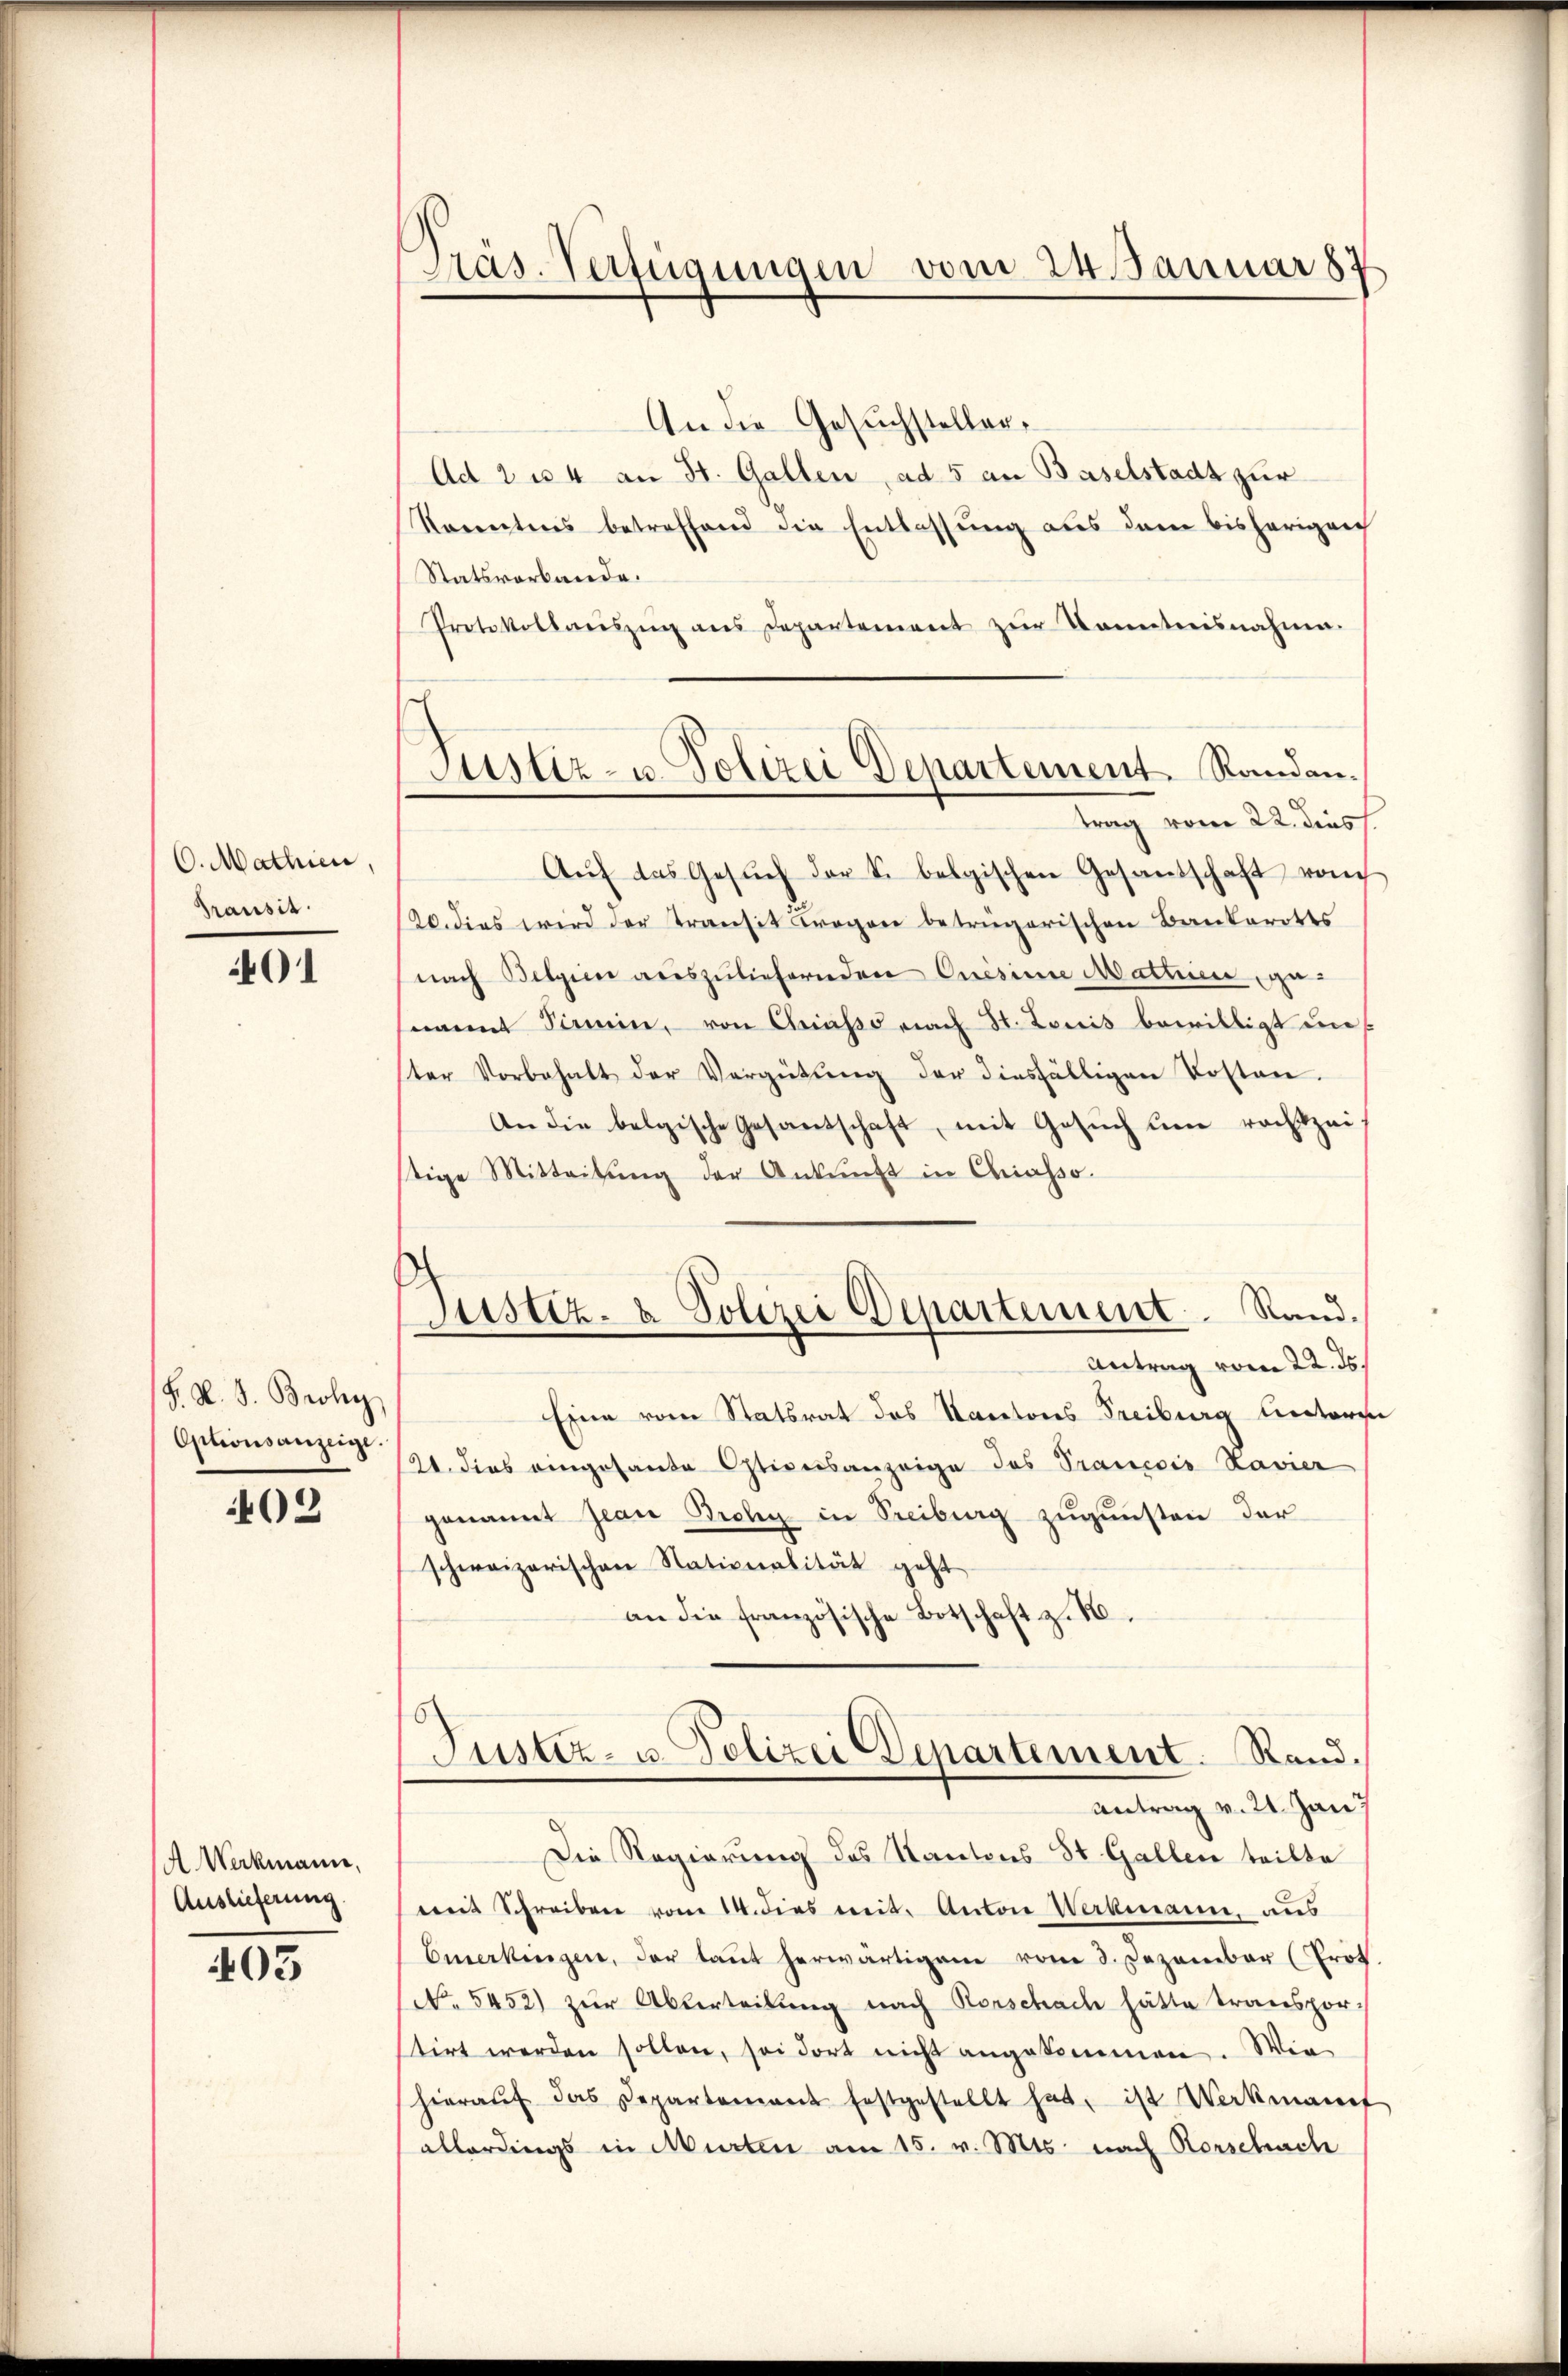
O. Mathien,
Transit

01

F. K. B. Brohy
Optionsanzeige.

403

A Werkmann,
Auslieferung

403

Pras. Verfügungen vom 24. Januar 187

Justiz- u. Polizei Departement. Randantrag vom 22. dies

Justiz- & Polizei Departement. Rand.

An die Gesuchsteller¬
Ad 2 u. 4 an St. Gallen, ad 5 an Baselstadt zur
Ranntnis betreffend die Entlassŭng aus dem bisherigen
Statsverbande.
Protokollaŭszŭg ans Departement zŭr Kenntnisnahme.
Aŭf das Gesŭch der S. belgischen Gesandschaft vom
120. dies wird der Transit Trogen betrügerischen Bankerotts
nach Belgien auszuliefernden Oresinne Mathe genamnt Simmen, von Chriss nach St. Louis bewilligt unster Vorbehalt der Vergütŭng der diesfälligen Kosten.
An die belgische Gesantschaft, mit Gesuch um rechtzei
stige Mitteilŭng der Ankunft in Chiasso.
Antrag vom 22. ds.
Eine vom Statsrat des Kantons Freiburg lectors
21. dies eingesande Otionsanzeige des Prancois Lavier
genannt Jean Bichy in Treiburg zŭgŭnsten der
schweizerischen Nationalität geht
an die französische Botschaft z. B.
Puster- u. Polizei Departement. Rand¬
Antrag v. 21. Jan
Die Regierung des Kantons St. Gallen teilte
mit Schreiben vom 14. dies mit. Anton Werkmann, aus
Emerkungen, der laut herwärtigem vom 3. Dezember (Prot
No. 5452) zur Abverteilung nach Rorschach hätte transpor-
stirt werden sollen, sei dort nicht angekommen. Wir
hieraŭf das Departement festgestellt hat, ist Werkmannt
allerdings in Murten am 15. v. Mts. nach Rorschach